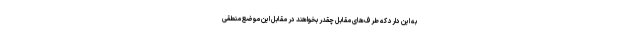
به این دارد که طرف‌های مقابل چقدر بخواهند در مقابل این موضع منطقی